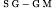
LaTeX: _{\tiny\mathrm{~S~G~-~G~M~}}